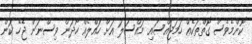
ކޮންމެވެސް ގޮތްތަކެއް ހަމަޖައްސައި މައްސަލަ އަށް ހައްލެއް ހޯދަން ވިސްނަން ޖެހޭ ކަން